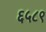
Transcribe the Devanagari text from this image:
६५८९